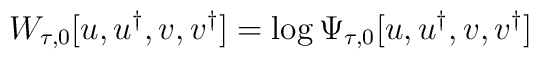
W_{\tau ,0}[u,u^{\dagger },{v},{v}^{\dagger }]=\log \Psi _{\tau ,0}[u,u^{\dagger },{v},{v}^{\dagger }]